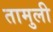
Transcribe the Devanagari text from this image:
तामुली